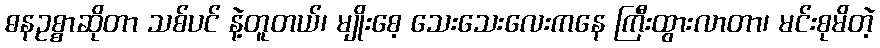
ဓနဥစ္စာဆိုတာ သစ်ပင် နဲ့တူတယ်၊ မျိုးစေ့ သေးသေးလေးကနေ ကြီးထွားလာတာ၊ မင်းစုမိတဲ့